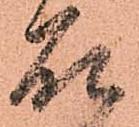
石